Plague in India, 1896, 1897 - Volume 2
Year: 1896
Disease focus: Plague
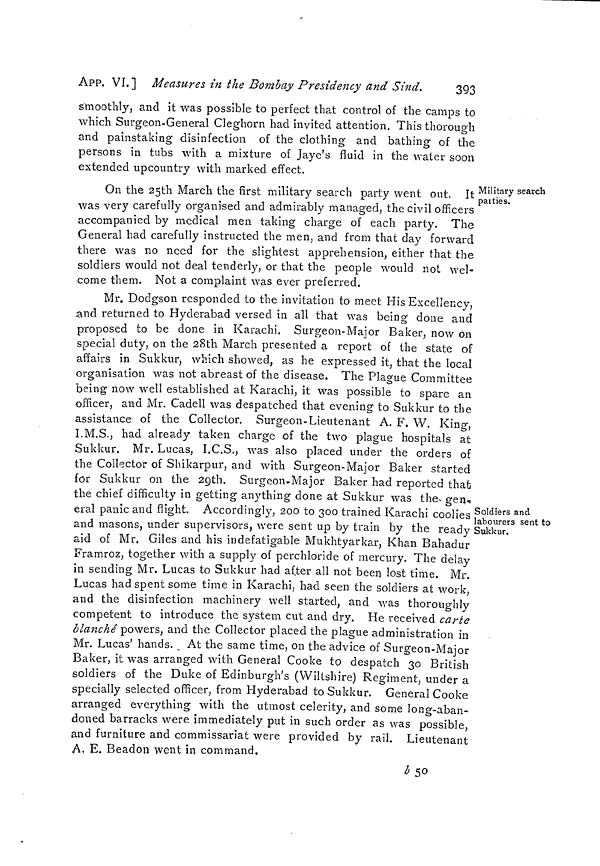
APP. VI.] Measures in the Bombay Presidency and Sind.
393
smoothly, and it was possible to perfect that control of the camps to
which Surgeon-General Cleghorn had invited attention. This thorough
and painstaking disinfection of the clothing and bathing of the
persons in tubs with a mixture of Jaye's fluid in the water soon
extended upcountry with marked effect.
Military search
parties.
On the 25th March the first military search party went out. It
was very carefully organised and admirably managed, the civil officers
accompanied by medical men taking charge of each party. The
General had carefully instructed the men, and from that day forward
there was no need for the slightest apprehension, either that the
soldiers would not deal tenderly, or that the people would not wel-
come them. Not a complaint was ever preferred.
Soldiers and
labourers sent to
Sukkur.
Mr. Dodgson responded to the invitation to meet His Excellency,
and returned to Hyderabad versed in all that was being done and
proposed to be done in Karachi. Surgeon-Major Baker, now on
special duty, on the 28th March presented a report of the state of
affairs in Sukkur, which showed, as he expressed it, that the local
organisation was not abreast of the disease. The Plague Committee
being now well established at Karachi, it was possible to spare an
officer, and Mr. Cadell was despatched that evening to Sukkur to the
assistance of the Collector. Surgeon-Lieutenant A. F, W. King,
I.M.S., had already taken charge of the two plague hospitals at
Sukkur. Mr. Lucas, I.C.S., was also placed under the orders of
the Collector of Shikarpur, and with Surgeon-Major Baker started
for Sukkur on the 29th. Surgeon-Major Baker had reported that
the chief difficulty in getting anything done at Sukkur was the gen-
eral panic and flight. Accordingly, 200 to 300 trained Karachi coolies
and masons, under supervisors, were sent up by train by the ready
aid of Mr. Giles and his indefatigable Mukhtyarkar, Khan Bahadur
Framroz, together with a supply of perchloride of mercury. The delay
in sending Mr. Lucas to Sukkur had af.ter all not been lost time. Mr.
Lucas had spent some time in Karachi, had seen the soldiers at work,
and the disinfection machinery well started, and was thoroughly
competent to introduce the system cut and dry. He received carte
blanche powers, and the Collector placed the plague administration in
Mr. Lucas' hands. At the same time, on the advice of Surgeon-Major
Baker, it was arranged with General Cooke to despatch 30 British
soldiers of the Duke of Edinburgh's (Wiltshire) Regiment, under a
specially selected officer, from Hyderabad to Sukkur. General Cooke
arranged everything with the utmost celerity, and some long-aban-
doned barracks were immediately put in such order as was possible,
and furniture and commissariat were provided by rail. Lieutenant
A. E. Beadon went in command.
b 50